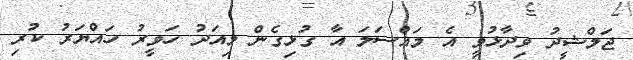
ޖަމްޝީދު ވިދާޅުވީ އެ މައްސަލަ އާ ގުޅިގެން މިއަދު ހަވީރު ހައްޔަރު ކުރި